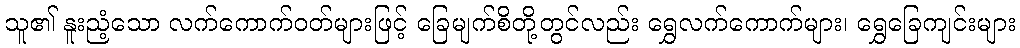
သူ၏ နူးညံ့သော လက်ကောက်ဝတ်များဖြင့် ခြေမျက်စိတို့တွင်လည်း ရွှေလက်ကောက်များ၊ ရွှေခြေကျင်းများ